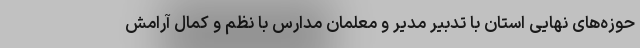
حوزه‌های نهایی استان با تدبیر مدیر و معلمان مدارس با نظم و کمال آرامش